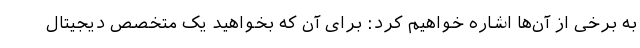
به برخی از آن‌ها اشاره خواهیم کرد: برای آن که بخواهید یک متخصص دیجیتال